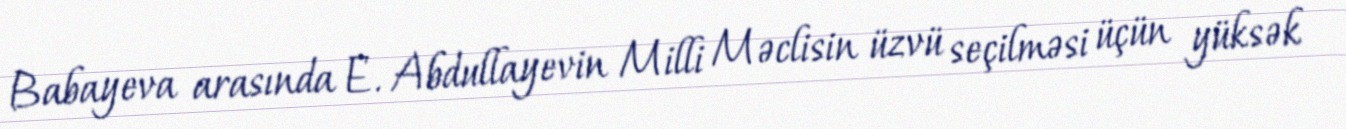
Babayeva arasında E. Abdullayevin Milli Məclisin üzvü seçilməsi üçün yüksək